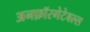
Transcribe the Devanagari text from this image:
अनफ़ॉरगेटेबल्स